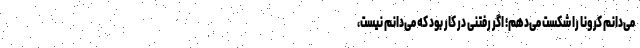
می‌دانم کرونا را شکست می‌دهم؛ اگر رفتنی در کار بود که می‌دانم نیست،